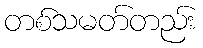
တစ်သမတ်တည်း